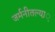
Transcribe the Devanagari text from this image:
जर्मनीतल्या़़